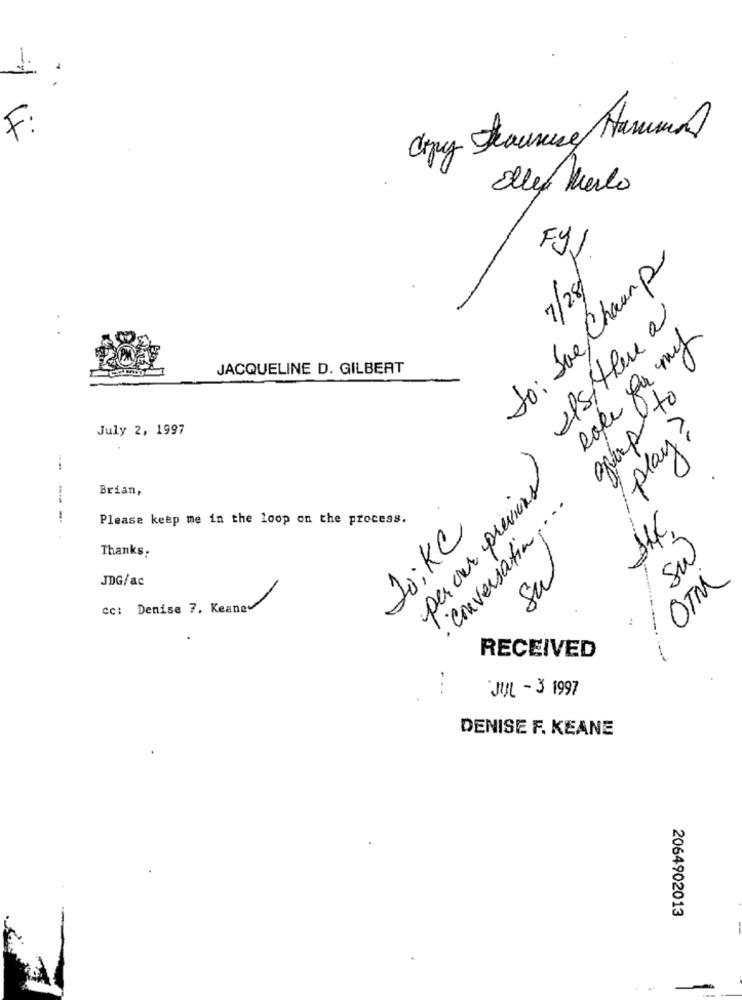
1.
F:
Cry Fraunice Haruma
Elles Merlo
to: Joe Chaup
F9%.
7/28
elsithere a
JACQUELINE D. GILBERT
grup to
July 2, 1997
play?
--
Brian,
per our previous
. conversation ....
Please keep me in the loop on the process.
20; KC
sal
Thanks:
su
JDG/ac
OTM
cc: Denise 7. Keanev
RECEIVED
JUL - 3 1997
DENISE F. KEANE
2064902013